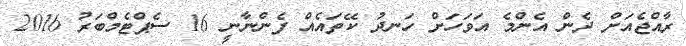
ރާއްޖެއަށް ދެން އެންމެ އަވަހަށް ހަނދު ކޭތައެއް ފެންނާނީ 16 ސެޕްޓެމްބަރު 2016